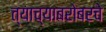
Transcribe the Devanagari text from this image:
त्याच्याबरोबरचे